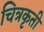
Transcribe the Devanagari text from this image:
चित्रकृती